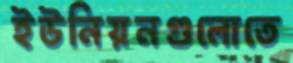
ইউনিয়নগুলোতে